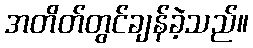
အတိတ်တွင်ချန်ခဲ့သည်။